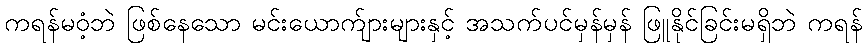
ကရန်မဝံ့ဘဲ ဖြစ်နေသော မင်းယောက်ျားများနှင့် အသက်ပင်မှန်မှန် ဖြူနိုင်ခြင်းမရှိဘဲ ကရန်